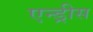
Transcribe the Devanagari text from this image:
एन्ड्रीस